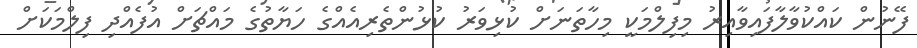
ފޭނުން ކައްކުވާލާފައިވާއިރު މިފިލްމަކީ މިހާތަނަށް ކުޅިވަރު ކުޅުންތެރިއެއްގެ ހަޔާތުގެ މައްޗަށް އުފެއްދި ފިލްމަކަށް